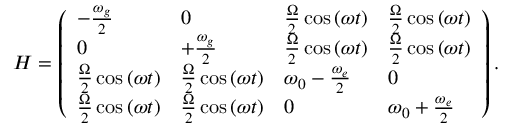
\begin{array} { r } { H = \left( \begin{array} { l l l l } { - \frac { \omega _ { g } } { 2 } } & { 0 } & { { \frac { \Omega } { 2 } \cos \left( \omega t \right) } } & { { \frac { \Omega } { 2 } \cos \left( \omega t \right) } } \\ { 0 } & { + \frac { \omega _ { g } } { 2 } } & { { \frac { \Omega } { 2 } \cos \left( \omega t \right) } } & { { \frac { \Omega } { 2 } \cos \left( \omega t \right) } } \\ { { \frac { \Omega } { 2 } \cos \left( \omega t \right) } } & { { \frac { \Omega } { 2 } \cos \left( \omega t \right) } } & { \omega _ { 0 } - \frac { \omega _ { e } } { 2 } } & { 0 } \\ { { \frac { \Omega } { 2 } \cos \left( \omega t \right) } } & { { \frac { \Omega } { 2 } \cos \left( \omega t \right) } } & { 0 } & { \omega _ { 0 } + \frac { \omega _ { e } } { 2 } } \end{array} \right) . } \end{array}